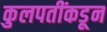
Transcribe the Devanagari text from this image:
कुलपतींकडून